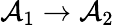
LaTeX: \mathcal{A}_{1}\rightarrow\mathcal{A}_{2}